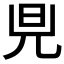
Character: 𪝿